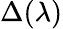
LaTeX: \Delta(\lambda)